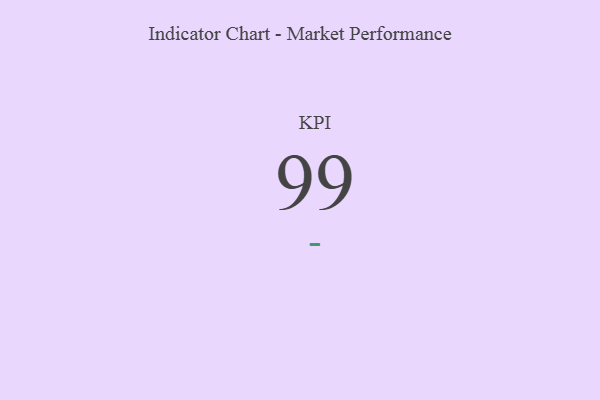
{"axis": {"x": "KPI", "y": "Value"}, "legend": [""], "data": [{"x": "KPI", "y": 99, "type": ""}]}